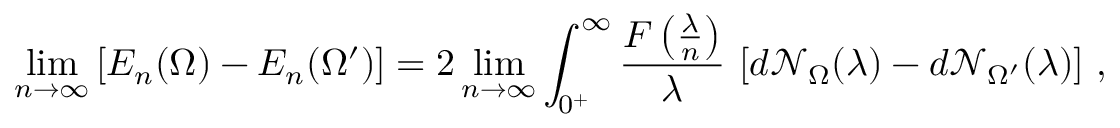
\operatorname* { l i m } _ { n \to \infty } \left[ E _ { n } ( \Omega ) - E _ { n } ( \Omega ^ { \prime } ) \right] = 2 \operatorname* { l i m } _ { n \to \infty } \int _ { 0 ^ { + } } ^ { \infty } \frac { F \left( \frac { \lambda } { n } \right) } { \lambda } \, \left[ d \mathcal { N } _ { \Omega } ( \lambda ) - d \mathcal { N } _ { \Omega ^ { \prime } } ( \lambda ) \right] \, ,